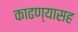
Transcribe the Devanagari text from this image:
काढण्यासह